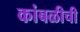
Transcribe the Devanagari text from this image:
कांबळीची